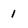
Character: 1